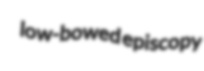
low-bowed episcopy